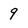
Character: 9